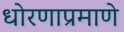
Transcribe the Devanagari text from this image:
धोरणाप्रमाणे